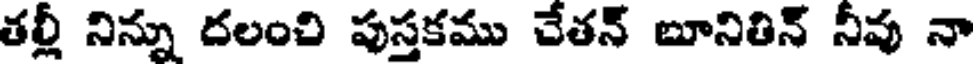
తల్లీ నిన్ను దలంచి పుస్తకము చేతన్ బూనితిన్ నీవు నా